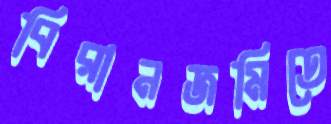
বিরানজমিতে